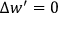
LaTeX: \Delta w ^ { \prime } = 0